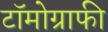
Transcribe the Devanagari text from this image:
टॉमोग्राफी